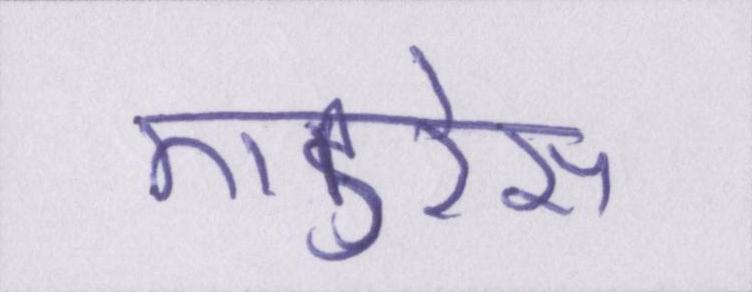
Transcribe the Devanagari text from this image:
एडरेस